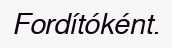
Fordítóként.